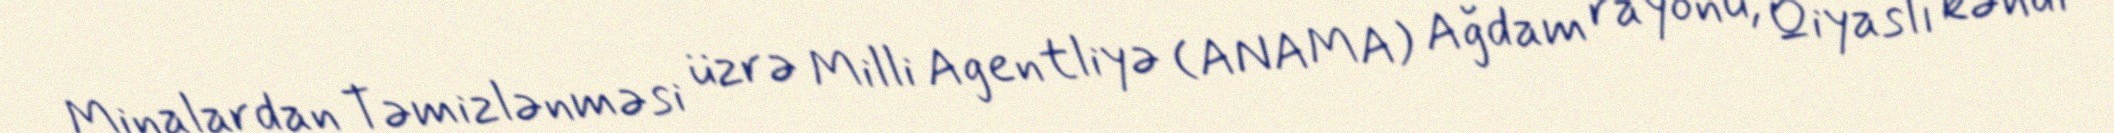
Minalardan Təmizlənməsi üzrə Milli Agentliyə (ANAMA) Ağdam rayonu, Qiyaslı kəndi